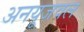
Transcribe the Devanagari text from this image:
अनयूजवल